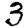
Digit: 3